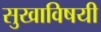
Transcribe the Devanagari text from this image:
सुखाविषयी